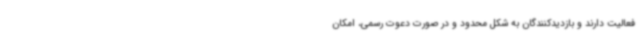
فعالیت دارند و بازدیدکنندگان به شکل محدود و در صورت دعوت رسمی، امکان